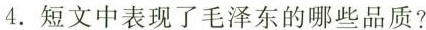
4.短文中表现了毛泽东的哪些品质?